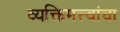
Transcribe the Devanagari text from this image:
व्यक्तिमत्त्वांचा